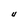
Character: U